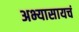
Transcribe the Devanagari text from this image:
अभ्यासायचं